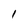
Character: 1